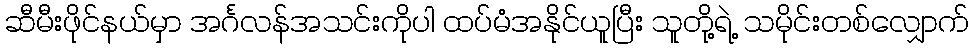
ဆီမီးဖိုင်နယ်မှာ အင်္ဂလန်အသင်းကိုပါ ထပ်မံအနိုင်ယူပြီး သူတို့ရဲ့ သမိုင်းတစ်လျှောက်